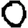
Digit: 0